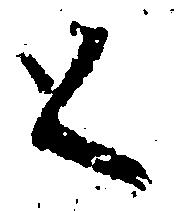
く